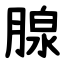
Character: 腺